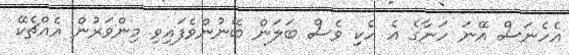
އެހެނަސް އޭނަ ހަނާގެ އެ ހެކި ވެސް ބަލަން ބޭނުންވެފައިވި މިންވަރުން އެއްޗެކޭ